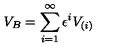
V _ { B } = \sum _ { i = 1 } ^ { \infty } \epsilon ^ { i } V _ { ( i ) }